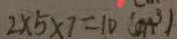
2 \times 5 \times 7 = 1 0 ( c m ^ { 3 } )